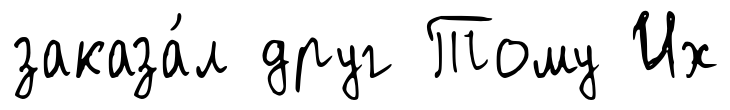
заказа́л друг Тому Их